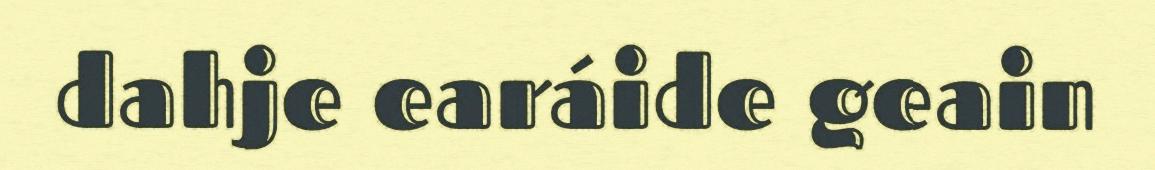
dahje earáide geain